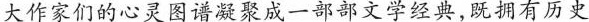
大作家们的心灵图谱凝聚成一部部文学经典,既拥有历更